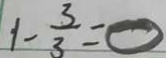
1 - \frac { 3 } { 3 } = 0